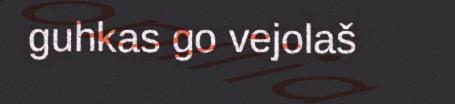
guhkas go vejolaš